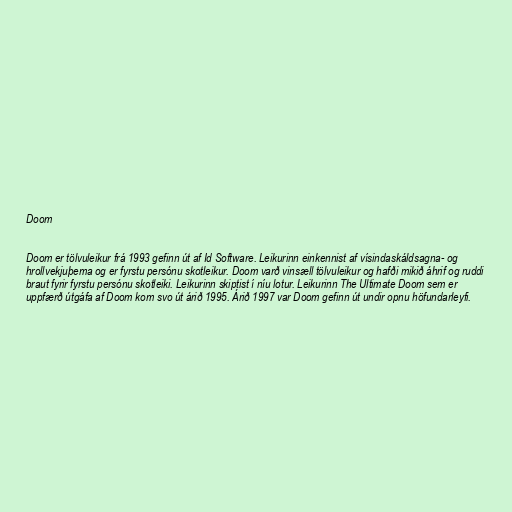
Doom

Doom er tölvuleikur frá 1993 gefinn út af Id Software. Leikurinn einkennist af vísindaskáldsagna- og
hrollvekjuþema og er fyrstu persónu skotleikur. Doom varð vinsæll tölvuleikur og hafði mikið áhrif og ruddi
braut fyrir fyrstu persónu skotleiki. Leikurinn skiptist í níu lotur. Leikurinn The Ultimate Doom sem er
uppfærð útgáfa af Doom kom svo út árið 1995. Árið 1997 var Doom gefinn út undir opnu höfundarleyfi.